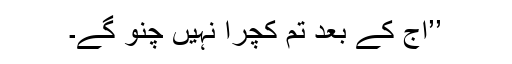
’’آج کے بعد تم کچرا نہیں چُنو گے۔